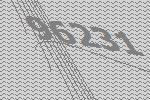
96231